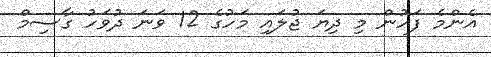
އެންމެ ފަހުން މި ދިޔަ ޖުލައި މަހުގެ 12 ވަނަ ދުވަހު ގާސިމް